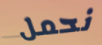
نحمل